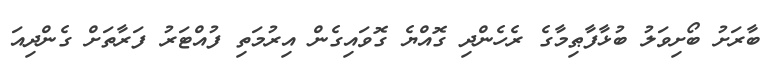
ބާރަށު ބޯށިވަލު ބުޅާފާޠިމާގެ ރެހެންދި ގޮއްޔެ ގޮވައިގެން އިރުމަތި ފުއްޓަރު ފަރާތަށް ގެންދިއަ